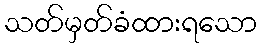
သတ်မှတ်ခံထားရသော